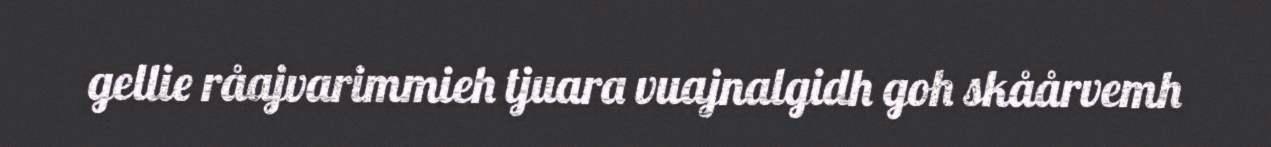
gellie råajvarimmieh tjuara vuajnalgidh goh skåårvemh